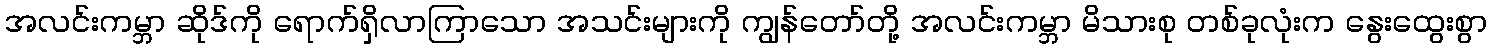
အလင်းကမ္ဘာ ဆိုဒ်ကို ရောက်ရှိလာကြာသော အသင်းများကို ကျွန်တော်တို့ အလင်းကမ္ဘာ မိသားစု တစ်ခုလုံးက နွေးထွေးစွာ